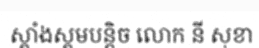
ស្គាំងស្គមបន្តិច លោក នី សុខា